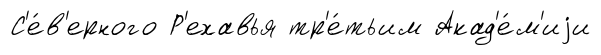
С'е́в'ерного Р'ехавья тр'е́тьим Акад'е́м'иjи